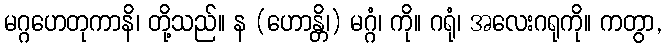
မဂ္ဂဟေတုကာနိ၊ တို့သည်။ န (ဟောန္တိ၊) မဂ္ဂံ၊ ကို။ ဂရုံ၊ အလေးဂရုကို။ ကတွာ,